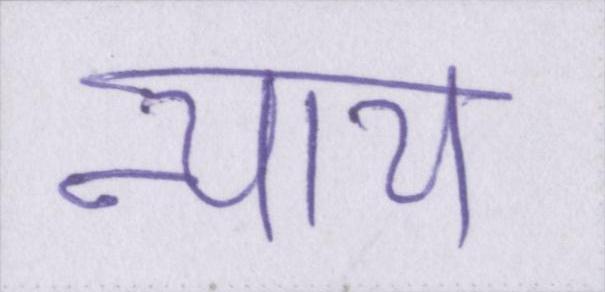
न्याय